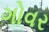
ગોવર